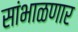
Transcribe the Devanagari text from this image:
सांभाळणार